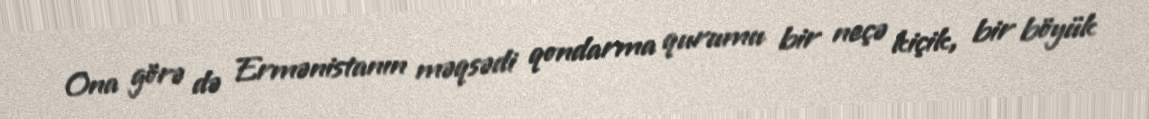
Ona görə də Ermənistanın məqsədi qondarma qurumu bir neçə kiçik, bir böyük